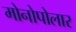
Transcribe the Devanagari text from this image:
मोनोपोलार